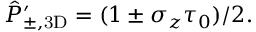
\hat { P } _ { \pm , \mathrm { 3 D } } ^ { \prime } = ( 1 \pm \sigma _ { z } \tau _ { 0 } ) / 2 .